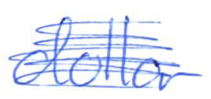
Text: dollar
Cross-out: scratch
Writing tool: ballpoint